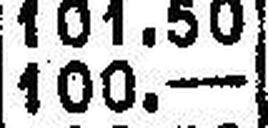
100.—